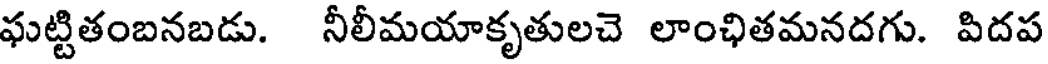
ఘట్టితంబనబడు. నీలీమయాకృతులచె లాంఛితమనదగు. పిదప